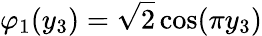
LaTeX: \varphi_{1}(y_{3})=\sqrt{2}\cos(\pi y_{3})